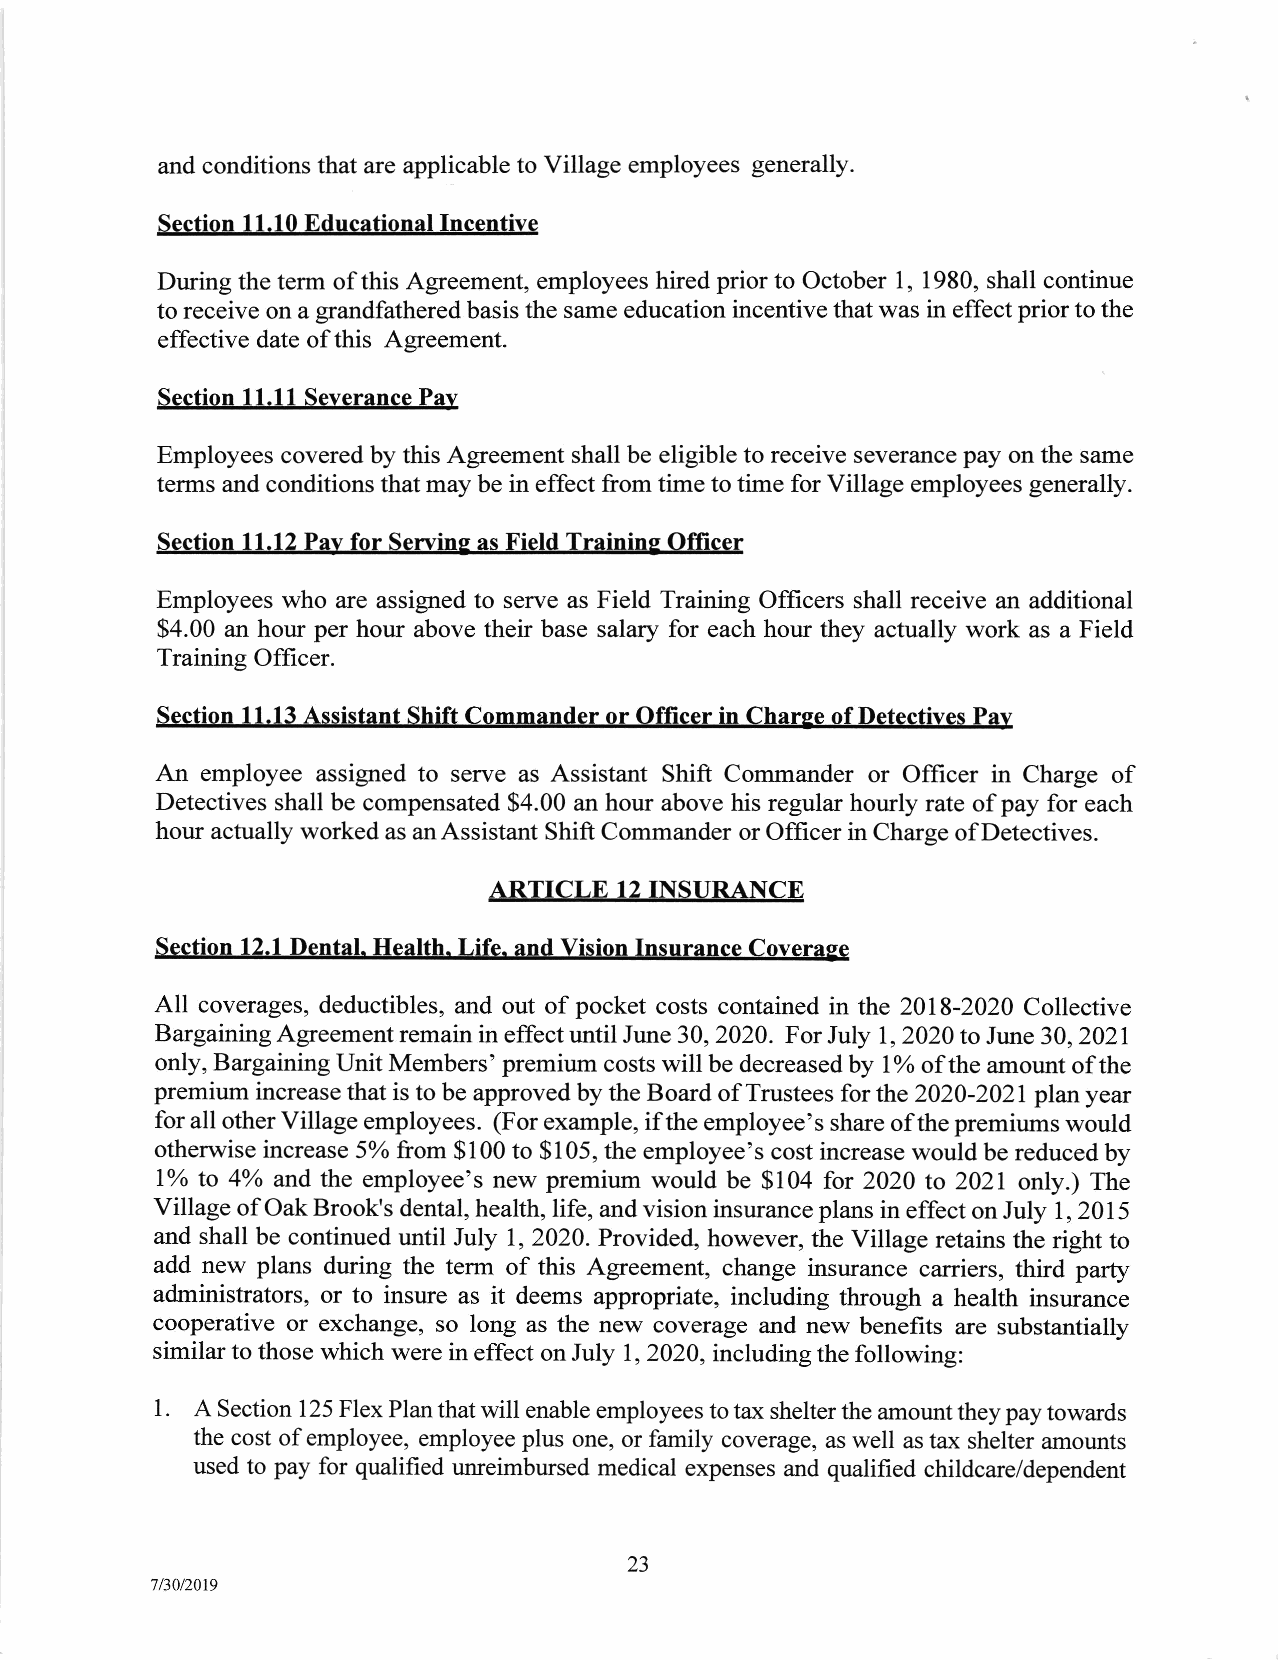
and conditions that are applicable to Village employees generally.
 Section 11.10 Educational Incentive
 During the term of this Agreement, employees hired prior to October 1, 1980, shall continue
 to receive on a grandfathered basis the same education incentive that was in effect prior to the
 effective date of this Agreement.
 Section 11.11 Severance Pay
 Employees covered by this Agreement shall be eligible to receive severance pay on the same
 terms and conditions that may be in effect from time to time for Village employees generally.
 Section ll.l2 Pav for Servins as Field Trainins Officer
 Employees who are assigned to serve as Field Training Officers shall receive an additional
 $4.00 an hour per hour above their base salary for each hour they actually work as a Field
 Training Officer.
 Section ll.L3 Assistant Shift Commander or Officer in Charse of Detectives Pa),
 An employee assigned to serve as Assistant Shift Commander or Officer in Charge of
 Detectives shall be compensated $4.00 an hour above his regular hourly rate of pay for each
 hour actually worked as anAssistant Shift Commander or Officer in Charge ofDetectives.
 ARTICLE  12 INSURANCE
 Section 12.1 Dental. Health. Life. and Vision Insurance Coverase
 All coverages, deductibles, and out of pocket costs contained in the 2018-2020 Collective
 Bargaining Agreement remain in effect until June 30, 2020. For July I , 2020 to June 30, 2021
 only, Bargaining Unit Members'premium costs will be decreased by lo/o ofthe amount ofthe
 premium increase that is to be approved by the Board of Trustees for the 2020-2021plan year
 for all other Village employees. (For example, if the employee's share of the premiums would
 otherwise increase 5%o fuom $100 to $105, the employee's cost increase would be reduced by
 Ioh to 4Yo and the employee's new premium would be $104 for 2020 to 2021 only.) The
 Village of Oak Brook's dental, health, life, and vision insurance plans in effect on July I,2OI5
 and shall be continued until July l, 2020. Provided, however, the Village retains the right to
 add new plans during the term of this Agreement, change insurance carriers, third parfy
 administrators, or to insure as it deems appropriate, including through a health insurance
 cooperative or exchange, so long as the new coverage and new benefits are substantially
 similar to those which were in effect on July l, 2020, including the following:
 1.
 A Section 125 Flex Plan that will enable employees to tax shelter the amount they pay towards
 the cost of employee, employee plus one, or family coverage, as well as tax shelter amounts
 used to pay for qualified unreimbursed medical expenses and qualified childcare/dependent
 23
 7/30/2019